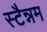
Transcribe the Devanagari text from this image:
स्टैन्नम